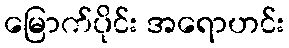
မြောက်ပိုင်း အရောဟင်း